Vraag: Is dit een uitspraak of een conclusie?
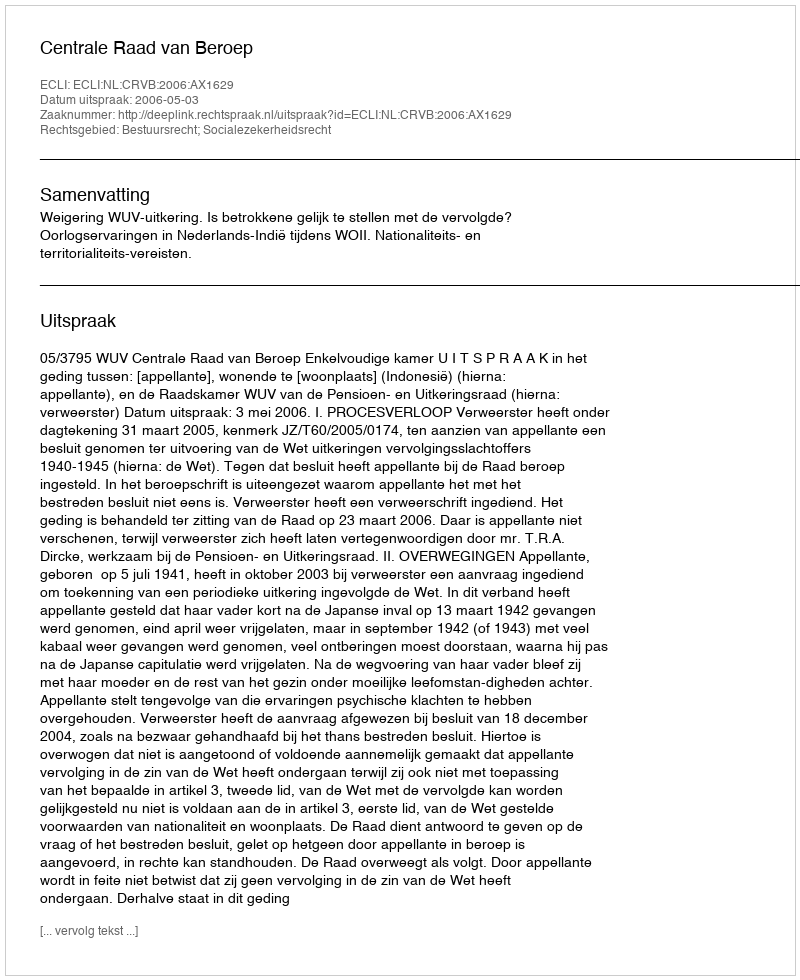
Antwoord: Uitspraak